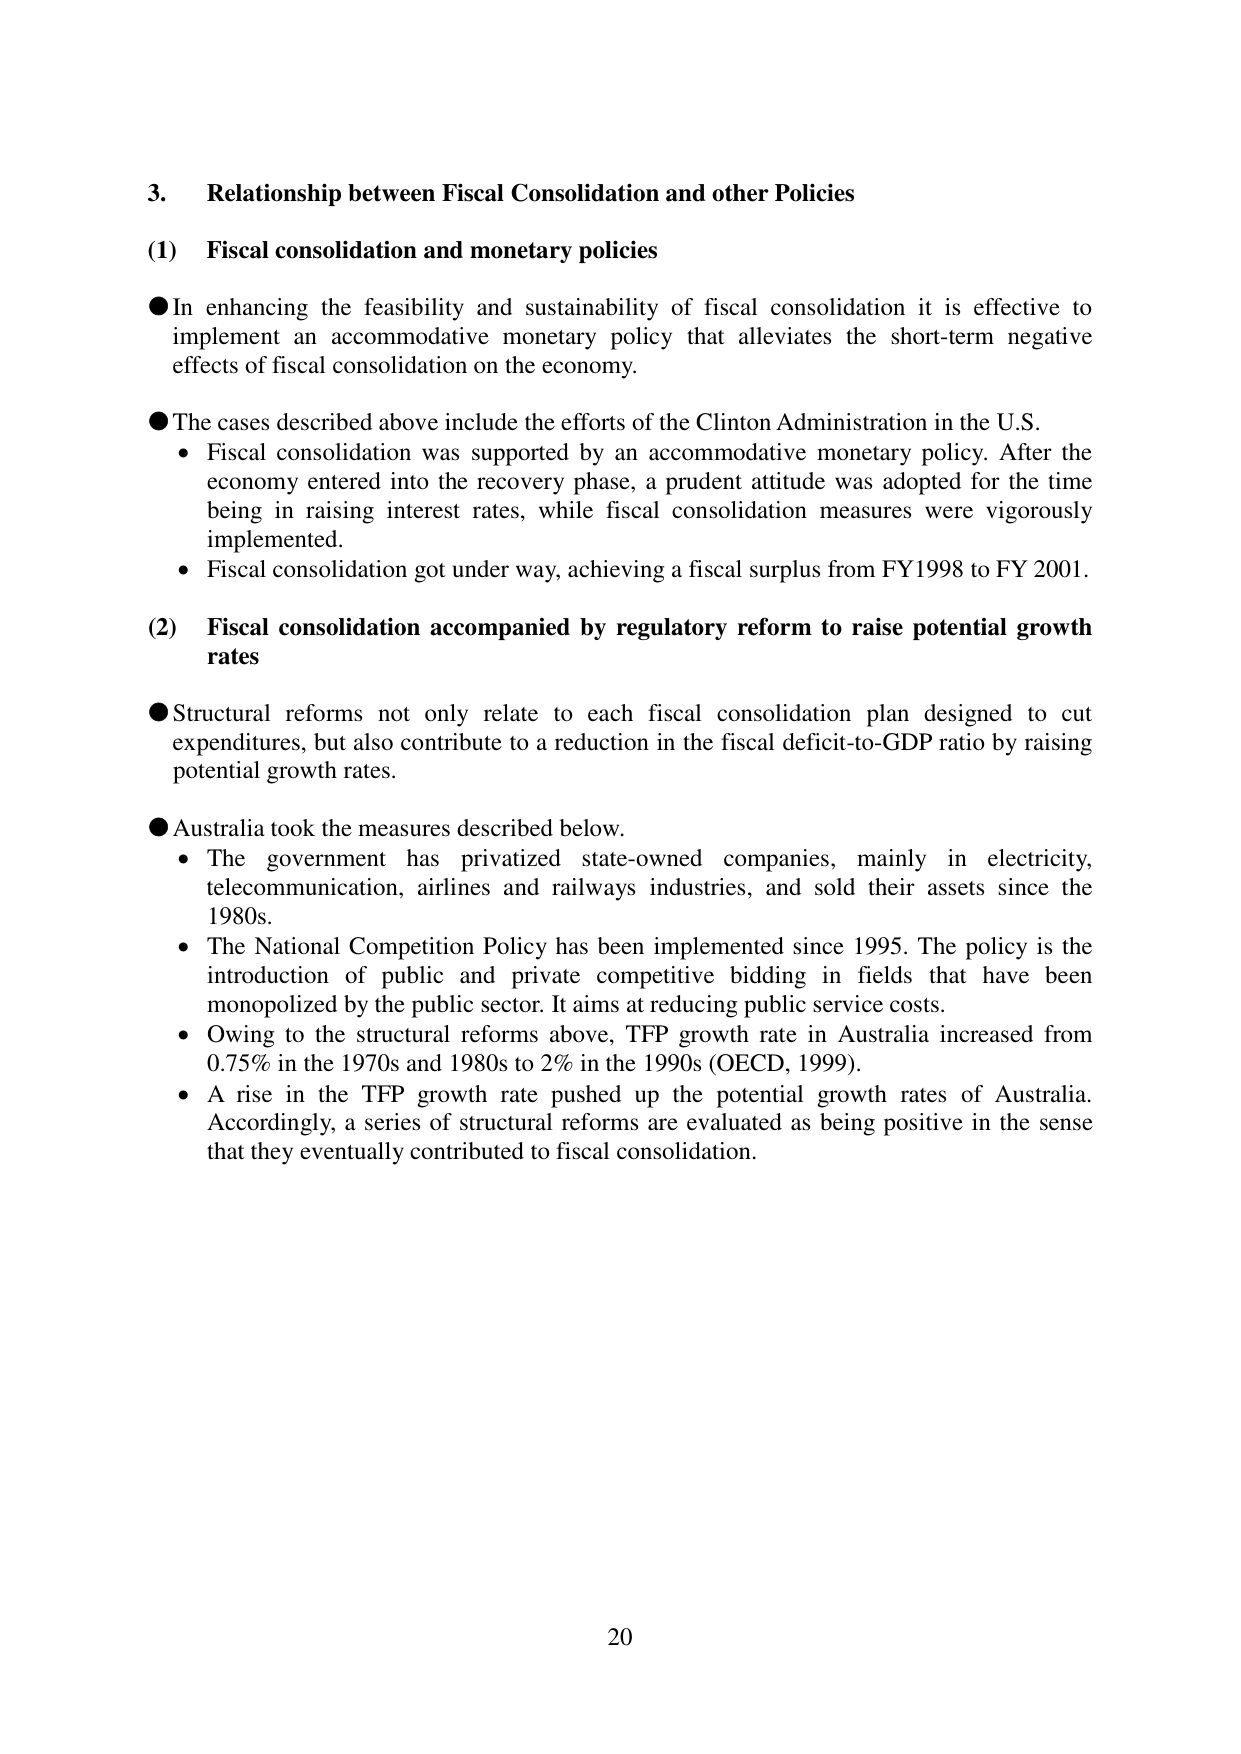
3. Relationship between Fiscal Consolidation and other Policies

(1) Fiscal consolidation and monetary policies

● In enhancing the feasibility and sustainability of fiscal consolidation it is effective to implement an accommodative monetary policy that alleviates the short-term negative effects of fiscal consolidation on the economy.

● The cases described above include the efforts of the Clinton Administration in the U.S.
• Fiscal consolidation was supported by an accommodative monetary policy. After the economy entered into the recovery phase, a prudent attitude was adopted for the time being in raising interest rates, while fiscal consolidation measures were vigorously implemented.
• Fiscal consolidation got under way, achieving a fiscal surplus from FY1998 to FY 2001.

(2) Fiscal consolidation accompanied by regulatory reform to raise potential growth rates

● Structural reforms not only relate to each fiscal consolidation plan designed to cut expenditures, but also contribute to a reduction in the fiscal deficit-to-GDP ratio by raising potential growth rates.

● Australia took the measures described below.
• The government has privatized state-owned companies, mainly in electricity, telecommunication, airlines and railways industries, and sold their assets since the 1980s.
• The National Competition Policy has been implemented since 1995. The policy is the introduction of public and private competitive bidding in fields that have been monopolized by the public sector. It aims at reducing public service costs.
• Owing to the structural reforms above, TFP growth rate in Australia increased from 0.75% in the 1970s and 1980s to 2% in the 1990s (OECD, 1999).
• A rise in the TFP growth rate pushed up the potential growth rates of Australia. Accordingly, a series of structural reforms are evaluated as being positive in the sense that they eventually contributed to fiscal consolidation.

20